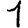
Digit: 1